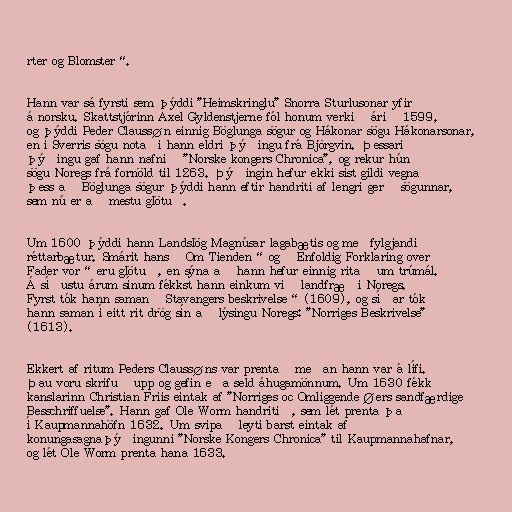
rter og Blomster“.

Hann var sá fyrsti sem þýddi "Heimskringlu" Snorra Sturlusonar yfir
á norsku. Skattstjórinn Axel Gyldenstjerne fól honum verkið árið 1599,
og þýddi Peder Claussøn einnig Böglunga sögur og Hákonar sögu Hákonarsonar,
en í Sverris sögu notaði hann eldri þýðingu frá Björgvin. Þessari
þýðingu gaf hann nafnið "Norske kongers Chronica", og rekur hún
sögu Noregs frá fornöld til 1263. Þýðingin hefur ekki síst gildi vegna
þess að Böglunga sögur þýddi hann eftir handriti af lengri gerð sögunnar,
sem nú er að mestu glötuð.

Um 1600 þýddi hann Landslög Magnúsar lagabætis og meðfylgjandi
réttarbætur. Smárit hans „Om Tienden“ og „Enfoldig Forklaring over
Fader vor“ eru glötuð, en sýna að hann hefur einnig ritað um trúmál.
Á síðustu árum sínum fékkst hann einkum við landfræði Noregs.
Fyrst tók hann saman „Stavangers beskrivelse“ (1609), og síðar tók
hann saman í eitt rit drög sín að lýsingu Noregs: "Norriges Beskrivelse"
(1613).

Ekkert af ritum Peders Claussøns var prentað meðan hann var á lífi.
Þau voru skrifuð upp og gefin eða seld áhugamönnum. Um 1630 fékk
kanslarinn Christian Friis eintak af "Norriges oc Omliggende Øers sandfærdige
Besschriffuelse". Hann gaf Ole Worm handritið, sem lét prenta það
í Kaupmannahöfn 1632. Um svipað leyti barst eintak af
konungasagnaþýðingunni "Norske Kongers Chronica" til Kaupmannahafnar,
og lét Ole Worm prenta hana 1633.